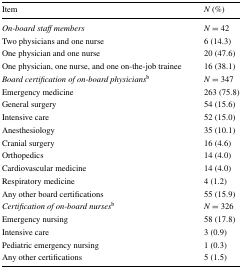
| Item | N (%) |
 | --- | --- |
 | On-board staff members | N = 42 |
 | Two physicians and one nurse | 6 (14.3) |
 | One physician and one nurse | 20 (47.6) |
 | One physician, one nurse, and one on-the-job trainee | 16 (38.1) |
 | Board certification of on-board physiciansb | N = 347 |
 | Emergency medicine | 263 (75.8) |
 | General surgery | 54 (15.6) |
 | Intensive care | 52 (15.0) |
 | Anesthesiology | 35 (10.1) |
 | Cranial surgery | 16 (4.6) |
 | Orthopedics | 14 (4.0) |
 | Cardiovascular medicine | 14 (4.0) |
 | Respiratory medicine | 4 (1.2) |
 | Any other board certifications | 55 (15.9) |
 | Certification of on-board nursesb | N = 326 |
 | Emergency nursing | 58 (17.8) |
 | Intensive care | 3 (0.9) |
 | Pediatric emergency nursing | 1 (0.3) |
 | Any other certifications | 5 (1.5) |